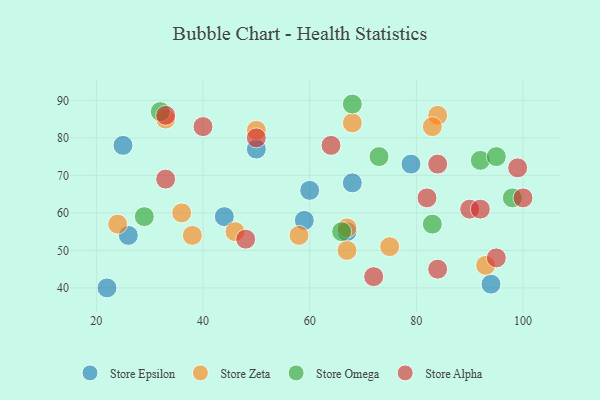
{"axis": {"x": "GDP", "y": "Life Expectancy"}, "legend": ["Store Alpha", "Store Epsilon", "Store Omega", "Store Zeta"], "data": [{"x": "79", "y": 73, "type": "Store Epsilon"}, {"x": "50", "y": 77, "type": "Store Epsilon"}, {"x": "67", "y": 55, "type": "Store Epsilon"}, {"x": "59", "y": 58, "type": "Store Epsilon"}, {"x": "26", "y": 54, "type": "Store Epsilon"}, {"x": "25", "y": 78, "type": "Store Epsilon"}, {"x": "22", "y": 40, "type": "Store Epsilon"}, {"x": "94", "y": 41, "type": "Store Epsilon"}, {"x": "68", "y": 68, "type": "Store Epsilon"}, {"x": "60", "y": 66, "type": "Store Epsilon"}, {"x": "44", "y": 59, "type": "Store Epsilon"}, {"x": "58", "y": 54, "type": "Store Zeta"}, {"x": "67", "y": 56, "type": "Store Zeta"}, {"x": "75", "y": 51, "type": "Store Zeta"}, {"x": "93", "y": 46, "type": "Store Zeta"}, {"x": "50", "y": 82, "type": "Store Zeta"}, {"x": "84", "y": 86, "type": "Store Zeta"}, {"x": "67", "y": 50, "type": "Store Zeta"}, {"x": "33", "y": 85, "type": "Store Zeta"}, {"x": "68", "y": 84, "type": "Store Zeta"}, {"x": "24", "y": 57, "type": "Store Zeta"}, {"x": "36", "y": 60, "type": "Store Zeta"}, {"x": "46", "y": 55, "type": "Store Zeta"}, {"x": "38", "y": 54, "type": "Store Zeta"}, {"x": "83", "y": 83, "type": "Store Zeta"}, {"x": "73", "y": 75, "type": "Store Omega"}, {"x": "92", "y": 74, "type": "Store Omega"}, {"x": "98", "y": 64, "type": "Store Omega"}, {"x": "95", "y": 75, "type": "Store Omega"}, {"x": "66", "y": 55, "type": "Store Omega"}, {"x": "29", "y": 59, "type": "Store Omega"}, {"x": "32", "y": 87, "type": "Store Omega"}, {"x": "68", "y": 89, "type": "Store Omega"}, {"x": "83", "y": 57, "type": "Store Omega"}, {"x": "48", "y": 53, "type": "Store Alpha"}, {"x": "95", "y": 48, "type": "Store Alpha"}, {"x": "99", "y": 72, "type": "Store Alpha"}, {"x": "40", "y": 83, "type": "Store Alpha"}, {"x": "100", "y": 64, "type": "Store Alpha"}, {"x": "33", "y": 86, "type": "Store Alpha"}, {"x": "33", "y": 69, "type": "Store Alpha"}, {"x": "82", "y": 64, "type": "Store Alpha"}, {"x": "84", "y": 45, "type": "Store Alpha"}, {"x": "72", "y": 43, "type": "Store Alpha"}, {"x": "64", "y": 78, "type": "Store Alpha"}, {"x": "90", "y": 61, "type": "Store Alpha"}, {"x": "50", "y": 80, "type": "Store Alpha"}, {"x": "84", "y": 73, "type": "Store Alpha"}, {"x": "92", "y": 61, "type": "Store Alpha"}]}